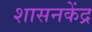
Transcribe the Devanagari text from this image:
शासनकेंद्र